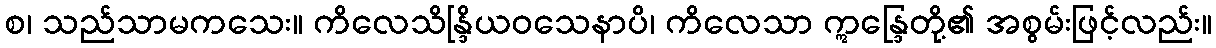
စ၊ သည်သာမကသေး။ ကိလေသိန္ဒြိယဝသေနာပိ၊ ကိလေသာ ဣန္ဒြေတို့၏ အစွမ်းဖြင့်လည်း။